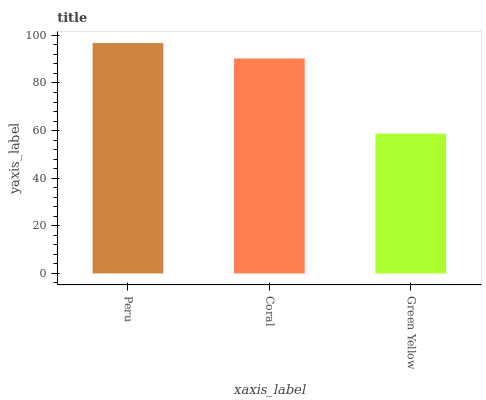
| xaxis_label | bars |
 | --- | --- |
 | Peru | 96.8 |
 | Coral | 90.3 |
 | Green Yellow | 58.7 |